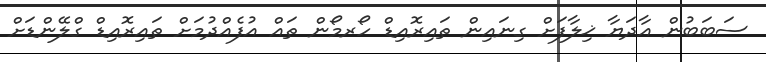
ސަބަބުން އާދަޔާ ޚިލާފަށް ގިނައިން ތައިރޮއިޑް ހޯރމޯން ތައް އުފެއްދުމަށް ތައިރޮއިޑް ގްލޭންޑަށް